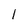
Character: 1